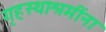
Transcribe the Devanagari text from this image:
गृहस्थाश्रमींना